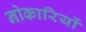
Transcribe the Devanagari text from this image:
नोकारियों